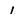
Character: 1